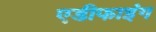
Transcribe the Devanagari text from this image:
एडीफाइंग